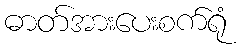
ဓာတ်အားပေးစက်ရုံ